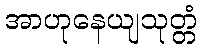
အာဟုနေယျသုတ္တံ